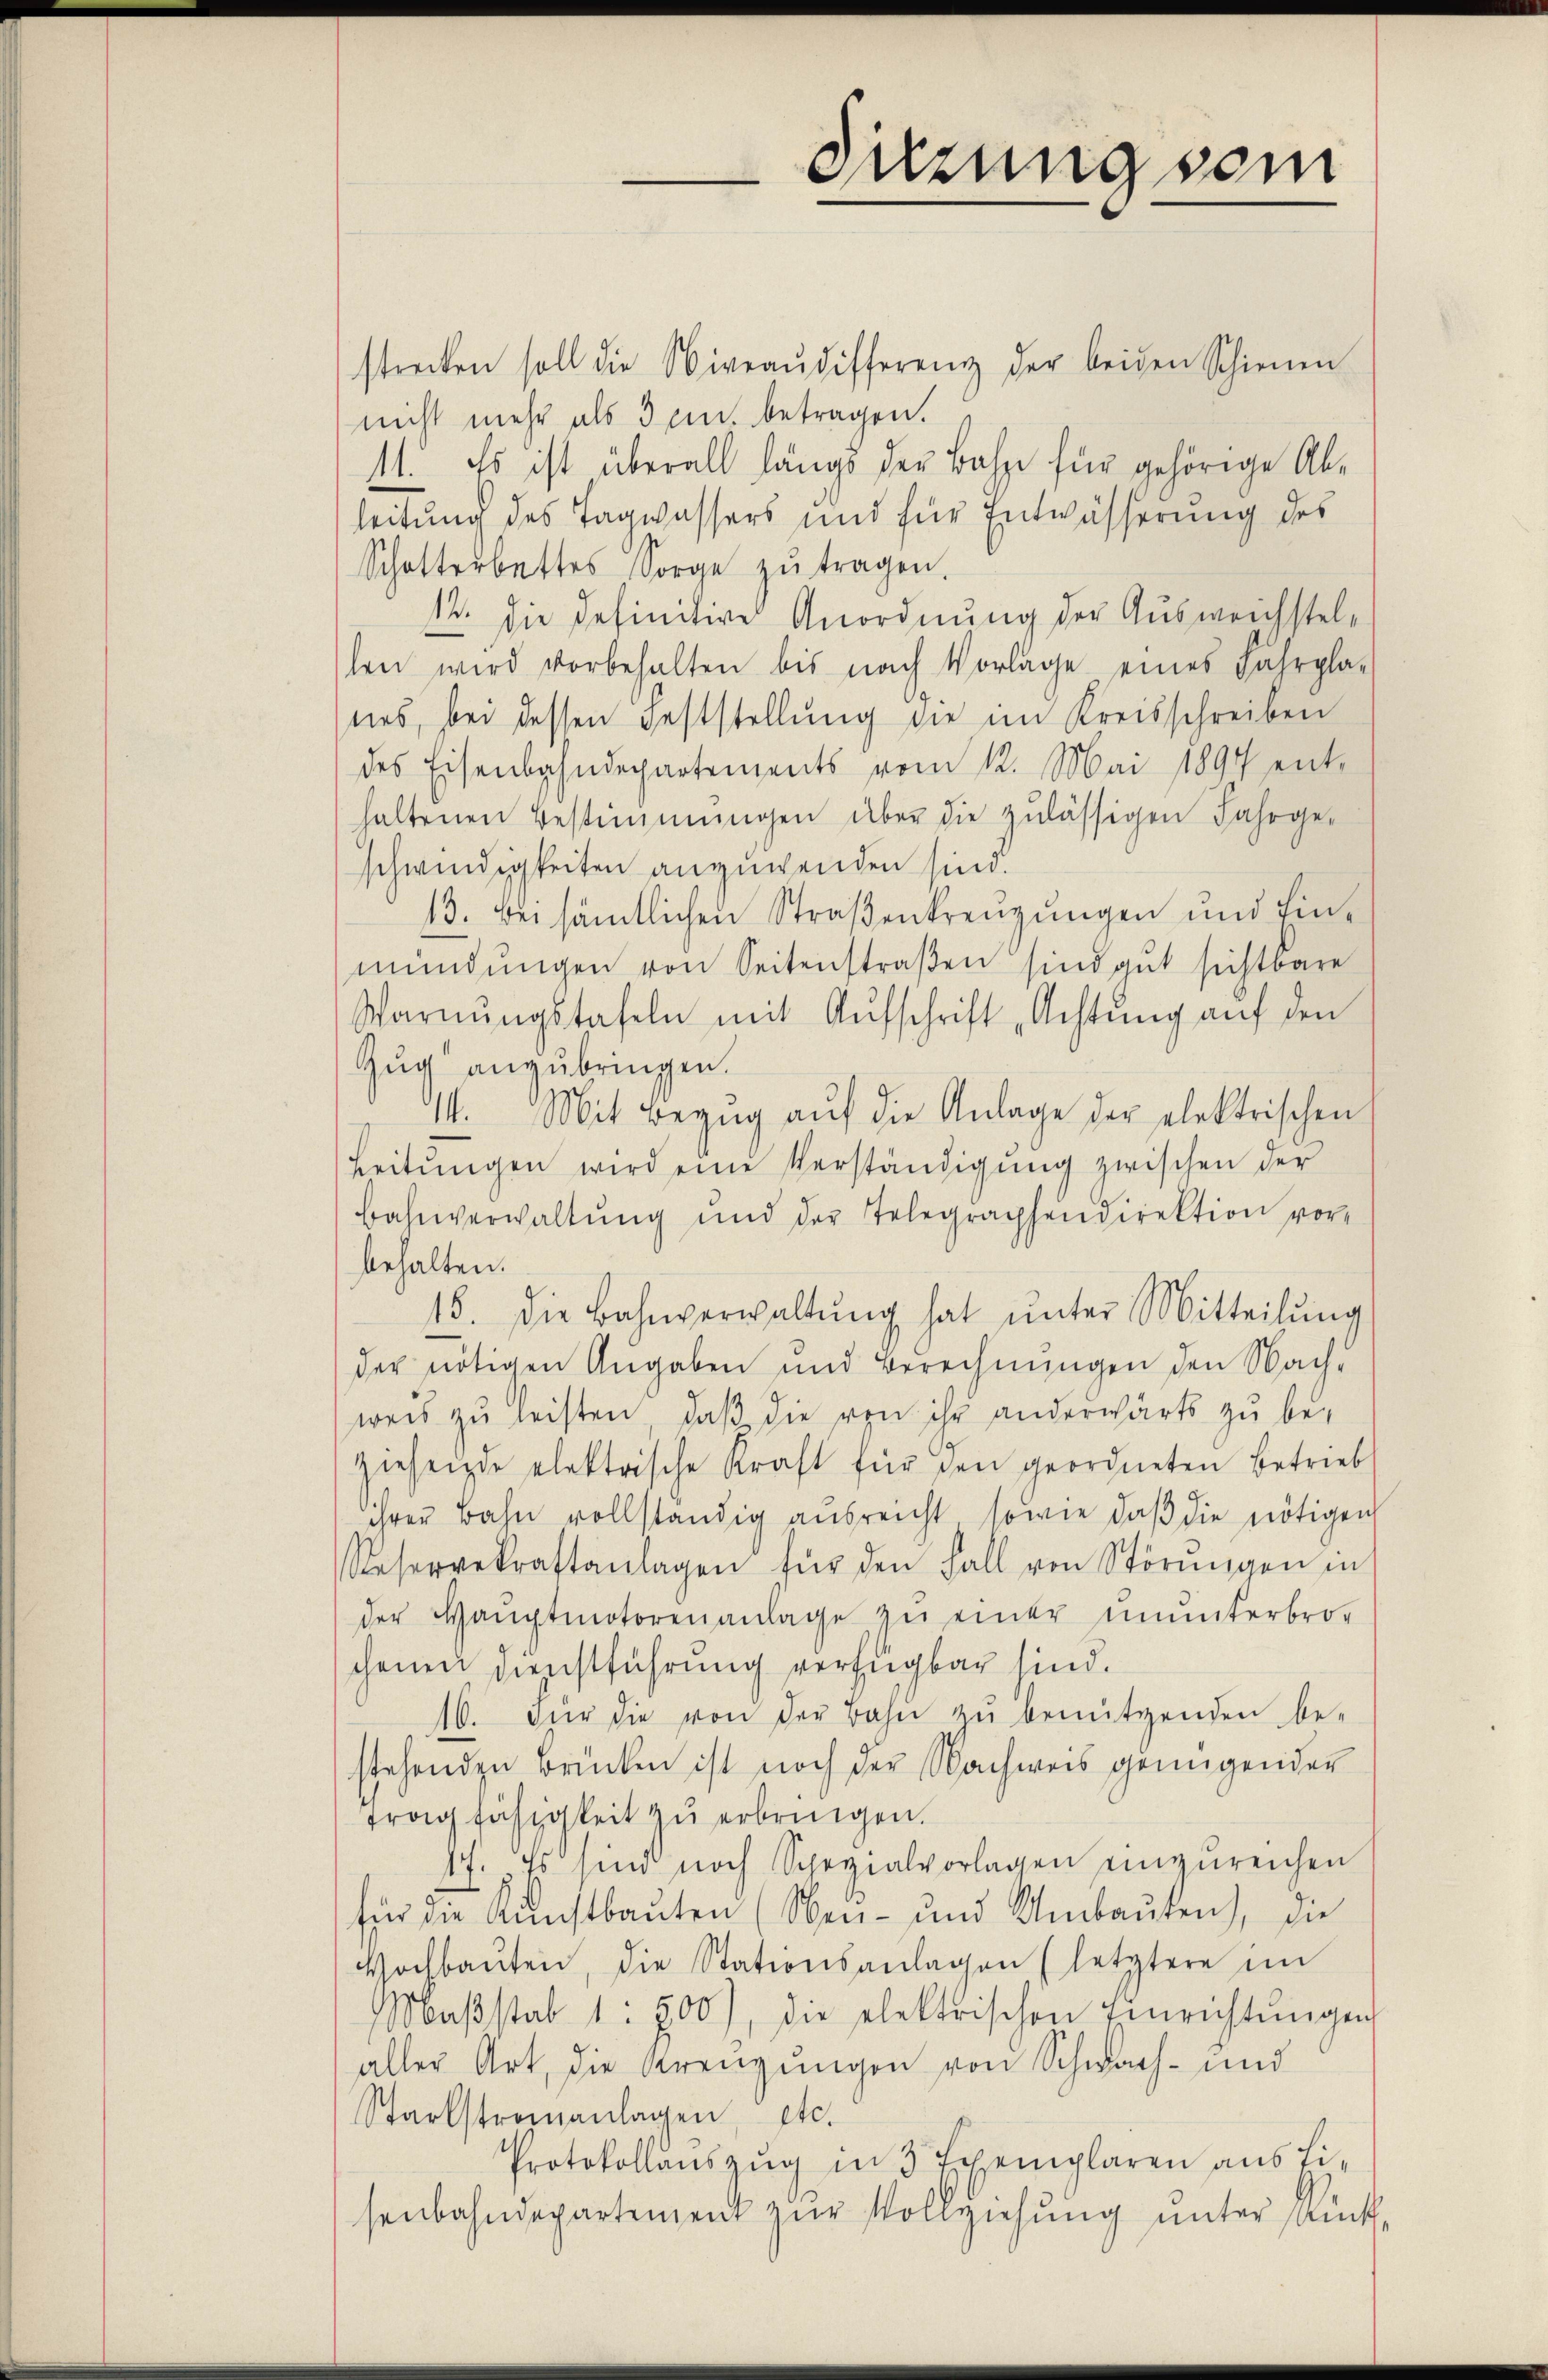
drung vom

strecken soll die Niveaŭdifferenz der beiden Schienen
nicht mehr als den betragen.
11. Es ist überall längs der Basse für gehörige Ab-
leitung des Tagwassers und für Entwässerung des
Schotterbettes Sorge zŭ tragen.
12. die definitive Anordnung der Ausweichstellen wird vorbehalten bis nach Vorlage eines Fahrpla-
.
nes, bei dessen Feststellung die im Kreisschreiben
des Eisenbahndepartements vom 12. Mai 1897 ent-
haltenen Bestimmungen über die zulässigen Jahrge-
schwendigkeiten anzuwenden sind.
13. Bei sämtlichen Straßenkreuzungen und Einmündŭngen von Seitenstraβen sind gut sichtbare
Warnŭngstafeln mit Aufschrift „Achtung auf den
Zug anzubringen.
14. Mit Bezŭg aŭf die Anlage der elektrischen
Leitŭngen wird eine Verständigung zwischen der
Bahnverwaltŭng und der Telegraphendirektion vor-
behalten.
15. die Bahnverwaltŭng hat ŭnter Mitteilŭng
der nötigen Angaben und Berechnungen den Nach-
weis zu leisten, daß die von ihr anderwärts zu be¬
Hiehende elektrische Kraft für den geordneten Betrieb
ihrer Bahn vollständig ausreicht sowie daβ die nötigen
Reservekraftanlagen für den Fall von Störŭngen in
der Hauptmotorenanlage zŭ einer ununterbro-
chenen Dienstführung verfügbar sind.
16. Für die von der Bahn zŭ benützenden be-
stehenden Brücken ist noch der Nachweis genügender
Tragfähigkeit zu erbringen.
17. Es sind noch Spezialvorlagen einzŭreichen
für die Kunstbaŭten (Neu- und Umbaŭten), die
Vochbaŭten, die Stationsanlagen (letztere im
Maβstab 1 500), die elektrischen Einrichtŭngen
aller Art, die Grenzungen von Schwach- und
Starbstraianlagen, etc.
Protokollauszug in 3 Exemplaren aus Lisenbahndepartement zŭr Vollziehŭng ŭnter Rück-